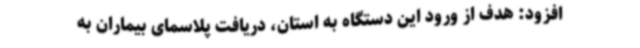
افزود: هدف از ورود این دستگاه به استان، دریافت پلاسمای بیماران به